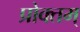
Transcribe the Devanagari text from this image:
प्रोक्तम्